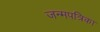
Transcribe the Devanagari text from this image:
जन्मपत्रिका